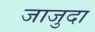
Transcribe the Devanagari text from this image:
जाजुदा